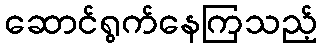
ဆောင်ရွက်နေကြသည့်